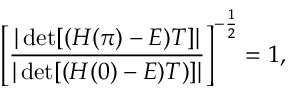
\left[ \frac { | \operatorname* { d e t } [ ( H ( \pi ) - E ) T ] | } { | \operatorname* { d e t } [ ( H ( 0 ) - E ) T ) ] | } \right] ^ { - \frac { 1 } { 2 } } = 1 ,